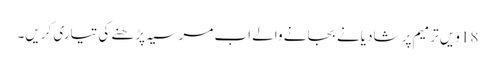
18ویں ترمیم پر شادیانے بجانے والے اب مرسیہ پڑھنے کی تیاری کریں۔